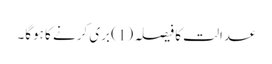
عدالت کا فیصلہ (1) بری کرنے کا ہوگا۔